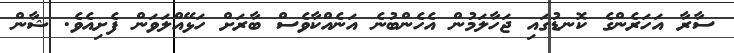
ސާރާ އަހަރެންގެ ކޮނޑުގައި ޖަހާލަމުން އެހެންބުނެ އަނެއްކާވެސް ބާރަށް ހަޅޭއްލަވަން ފެށިއެވެ. ޝާން